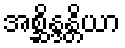
အစ္ဆိန္ဒန္တိယာ